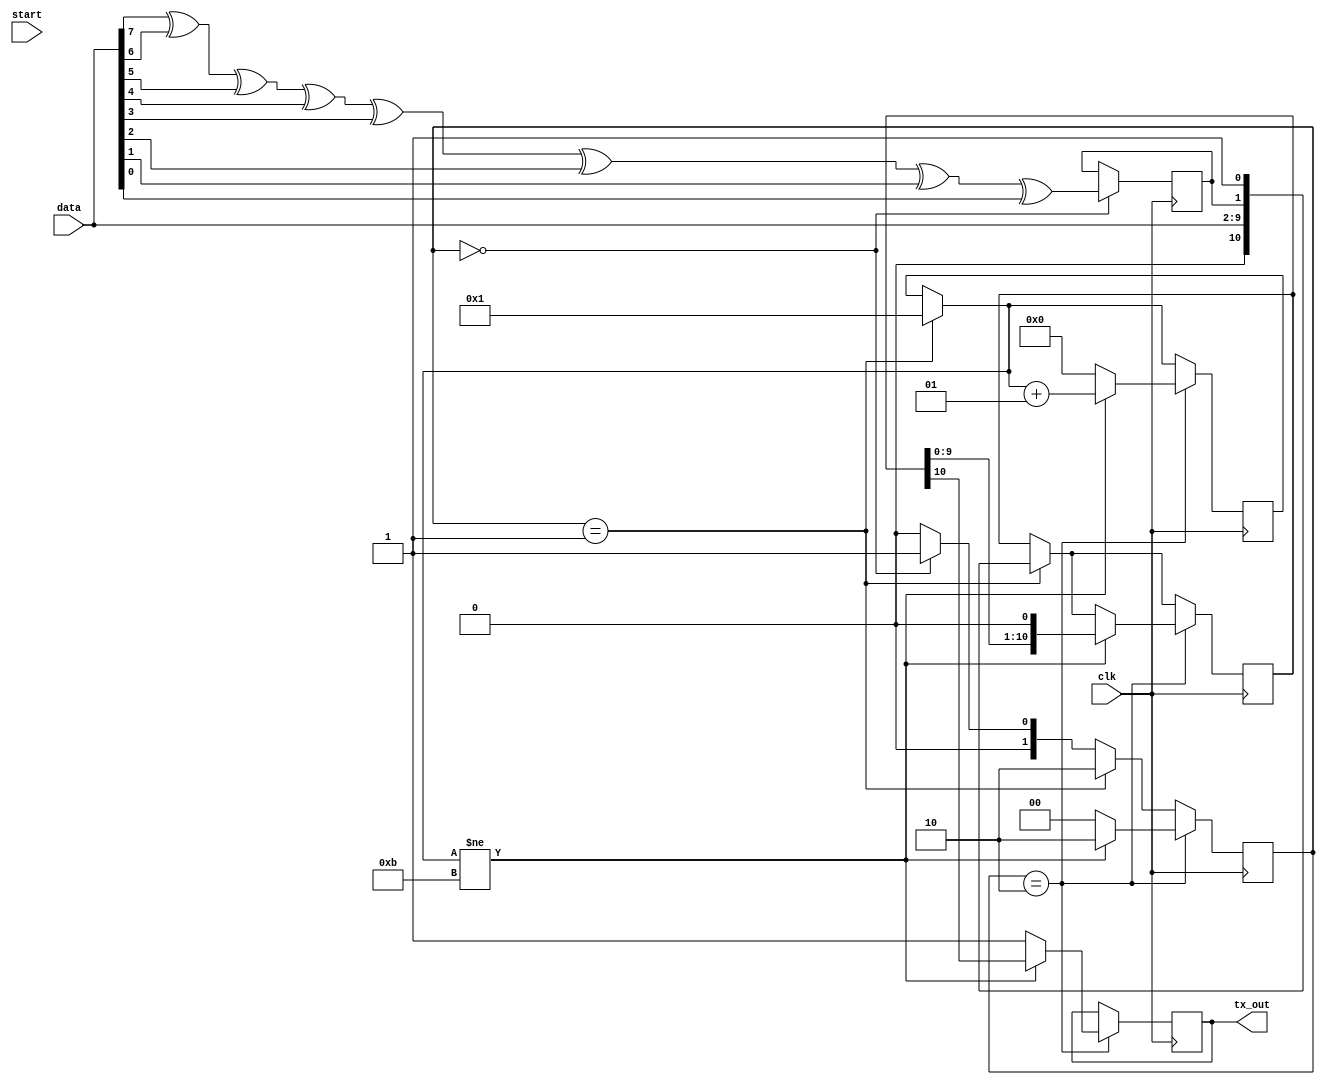
`timescale 1ns / 1ps
//////////////////////////////////////////////////////////////////////////////////
// Company: 
// Engineer: 
// 
// Design Name: 
// Module Name: FSM
// Project Name: 
// Target Devices: 
// Tool Versions: 
// Description: 
// 
// Dependencies: 
// 
// Revision:
// Revision 0.01 - File Created
// Additional Comments:
// 
//////////////////////////////////////////////////////////////////////////////////


module FSM(
    input [0:7]data,
    input start,
    input clk,
    output reg tx_out=1
    );parameter idle=2'b00,data_load=2'b01,data_shift=2'b10;
    reg [1:0]ps=idle;reg[10:0]tmp;reg parity;integer bit_cout=1;
    
   
    
    always@(posedge  clk)
    begin
  
    
    if(ps==idle)
    
    begin
    ps<=data_load;
    parity<=data[0]^data[1]^data[2]^data[3]^data[4]^data[5]^data[6]^data[7];
    end
    
    else
    ps<=idle;
    
    
    if(ps==data_load)
    begin
    tmp<={1'b0,data,parity,1'b1};
    
    ps<=data_shift;
   
    bit_cout=1;
    end
    if(ps==data_shift)
    begin
    if(bit_cout!=11)
    begin
    tx_out<=tmp[10];
    tmp<=tmp<<1;
    bit_cout=bit_cout+1;
    ps<=data_shift;

    end
    else
    begin
    ps<=idle;
    bit_cout=0;
    tx_out<=1'b1;
    end
    end
    end
    
    
endmodule